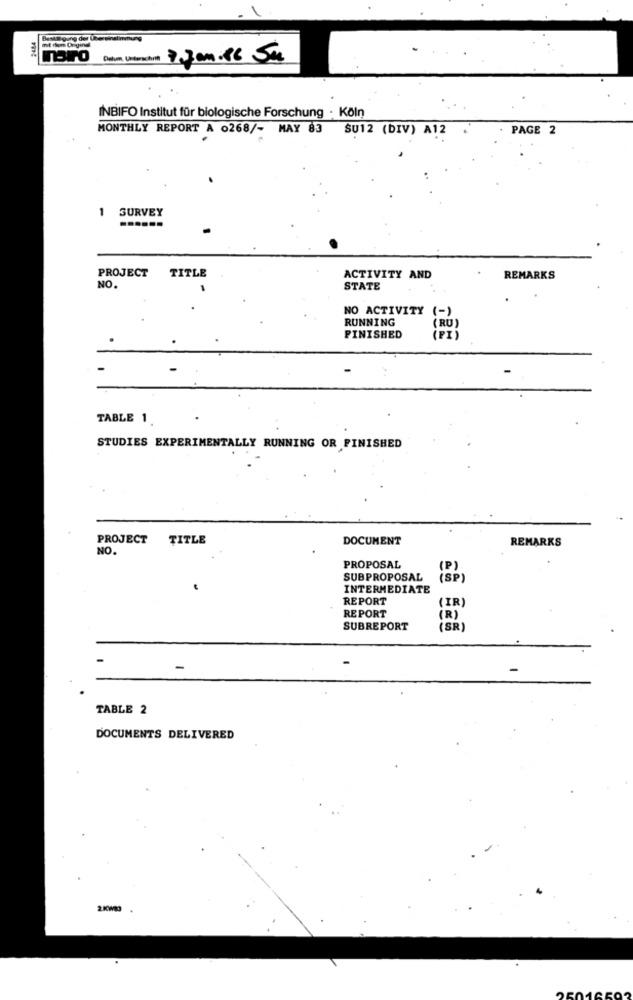
2484
Besil gung der Che
mit dem Degine
moro
INBIFO Institut für biologische Forschung . Köln
MONTHLY REPORT A 0268/- MAY 83 SU12 (DIV) A12
PAGE 2
1
SURVEY
PROJECT TITLE
ACTIVITY AND
REMARKS
NO.
STATE
NO ACTIVITY
(-)
RUNNING
(RU)
FINISHED
F
TABLE 1
STUDIES EXPERIMENTALLY RUNNING OR FINISHED
PROJECT TITLE
DOCUMENT
REMARKS
NO.
PROPOSAL
(P)
SUBPROPOSAL
(SP)
INTERMEDIATE
REPORT
(IR)
REPORT
(R)
SUBREPORT
(SR)
TABLE 2
DOCUMENTS DELIVERED
OF016502